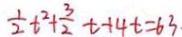
\frac { 1 } { 2 } t ^ { 2 } + \frac { 3 } { 2 } t + 4 t = 6 3